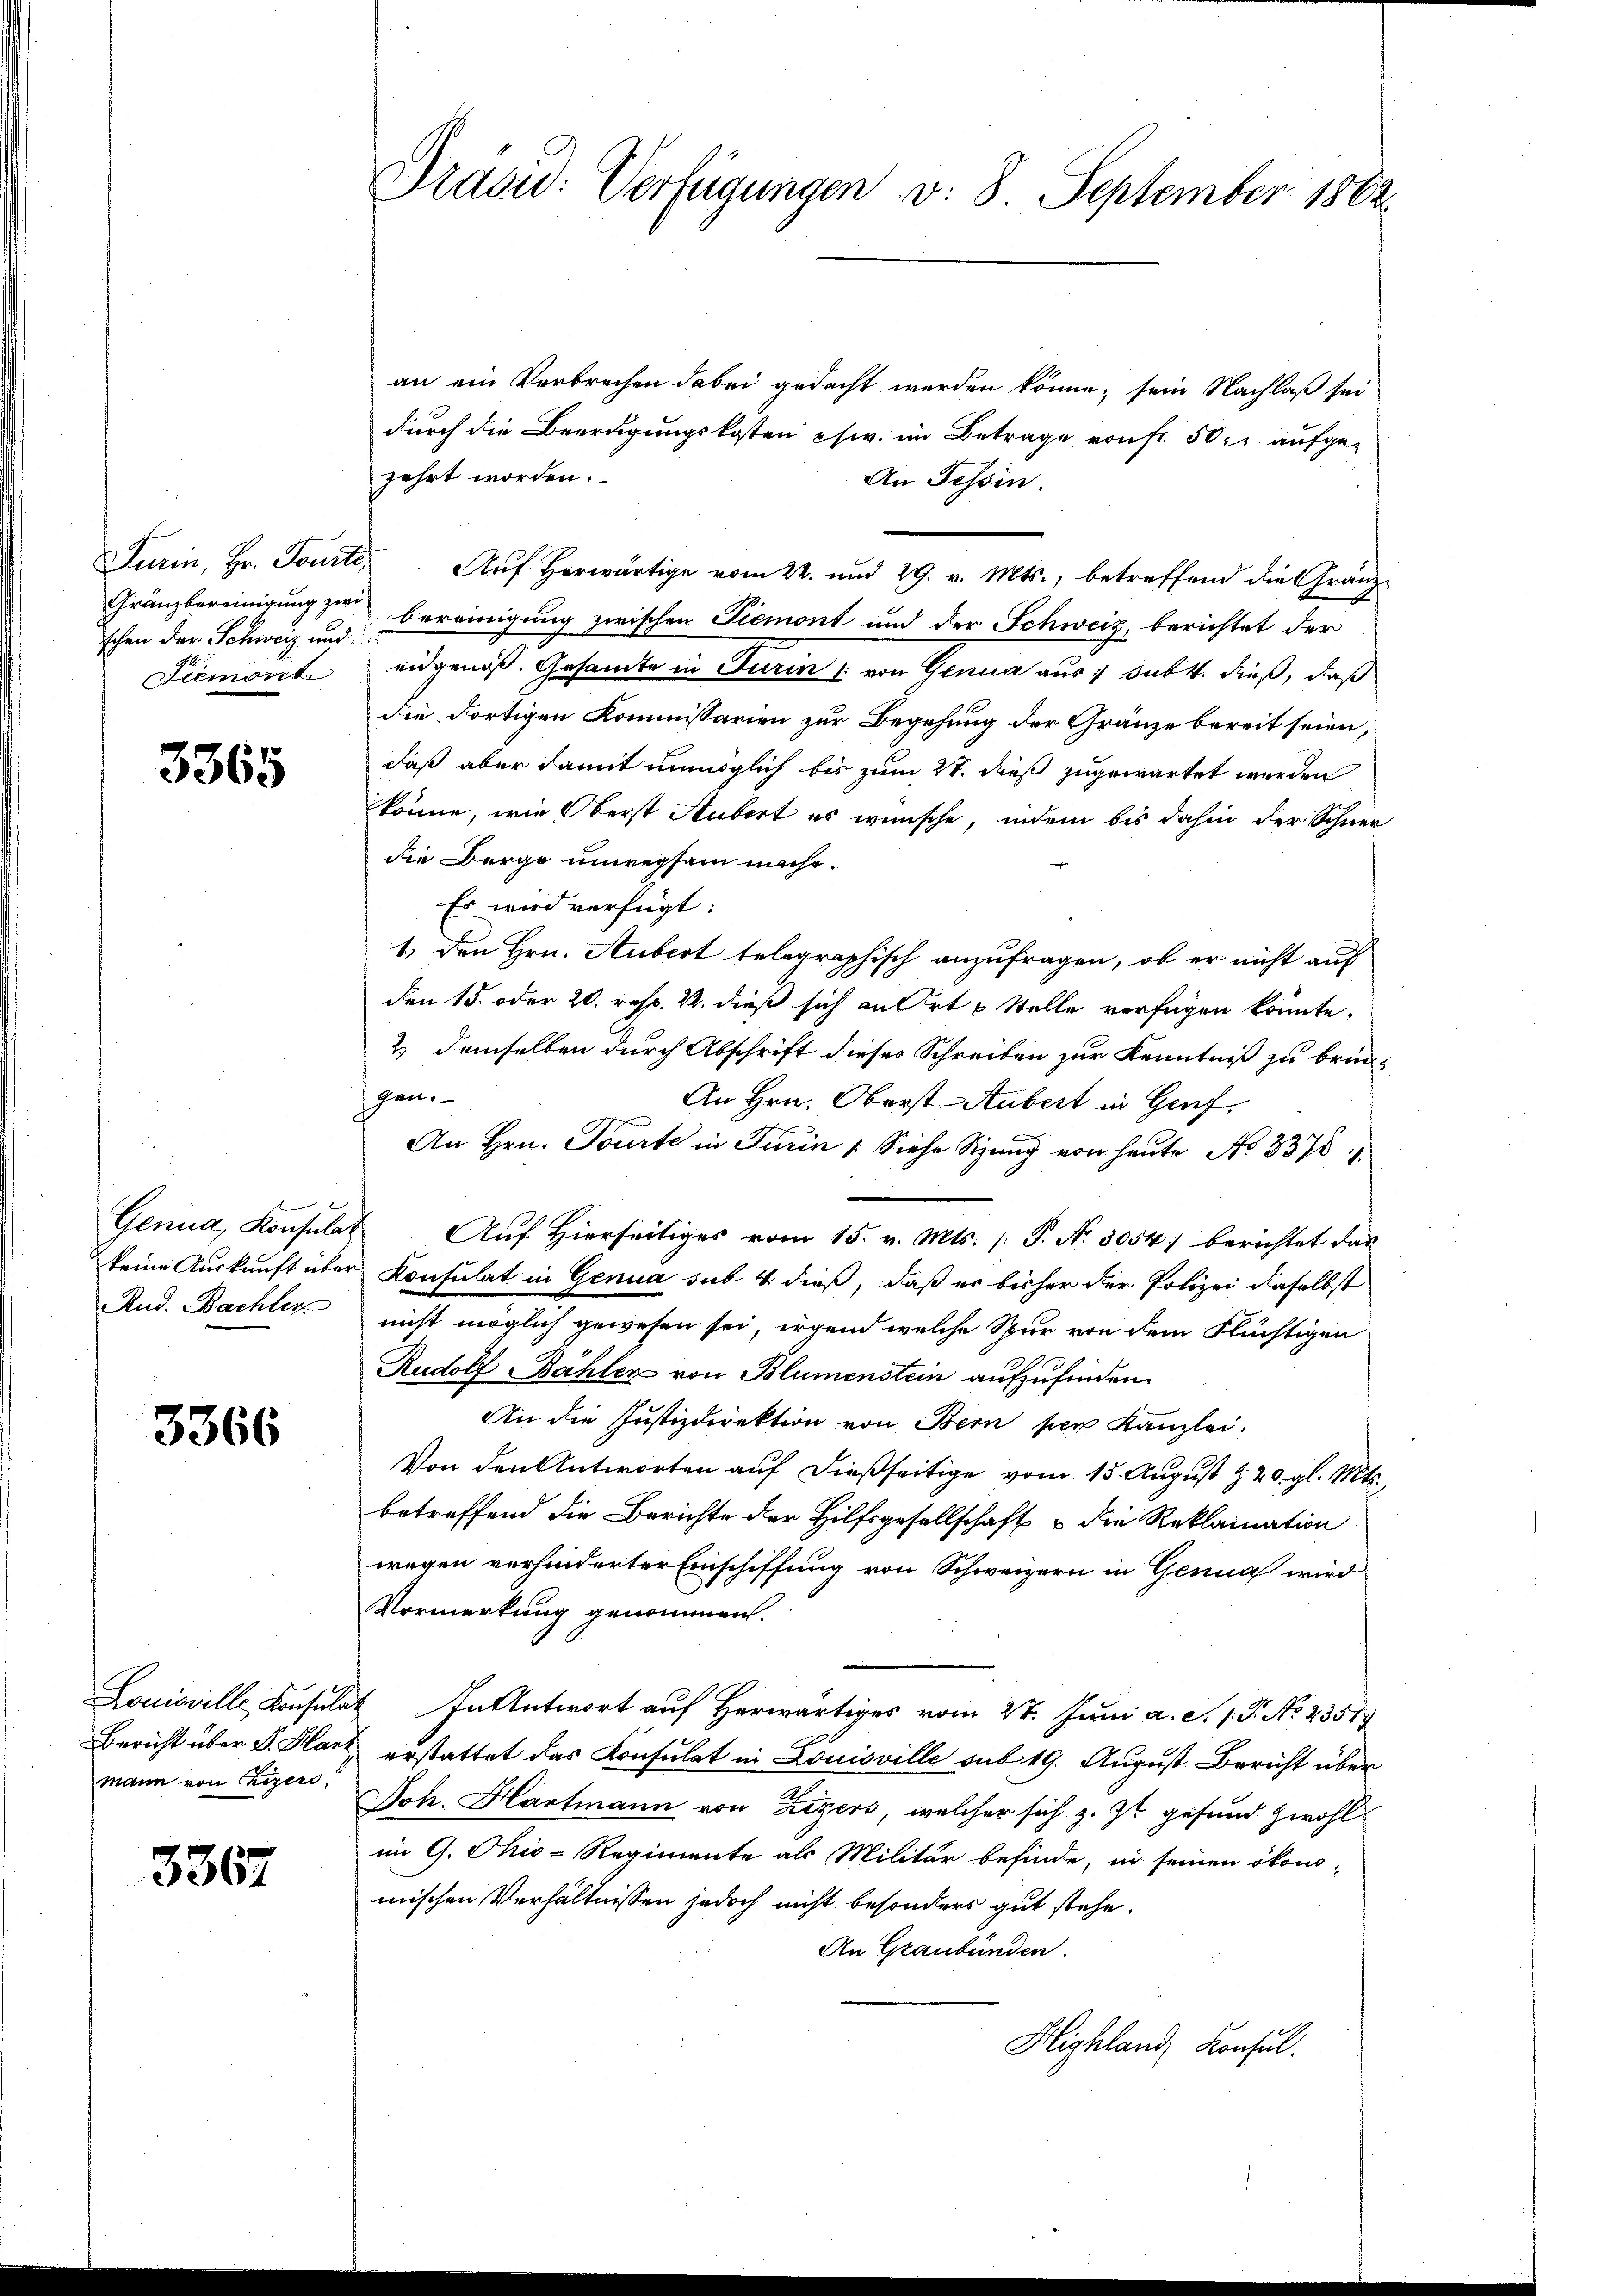
Turin, Hr. Tourte,
schen der Schweiz und
Piemont

3365

keine Auskunft über
Rud. Bachter

3366

Louisville, Konsula
Bericht über F. Harz
mann von Rezers,

3367

Präsid: Verfügungen v. 8. September 1882.

an ein Verbrechen dabei gedacht werden könne; sein Nachlaß sei
durch die Beerdigungskosten chw. im Betrage von fr. 50 l. aufgefahrt worden.
An Tessin.
Aŭf herwärtige vom 22. und 29. v. Mts., betreffend die Granz-
Gränzbereinigung zu bereinigung zwischen Piemont und der Schweiz, berichtet der
eidgenoß. Gesamte in Turin /: von Genua aus 7 subt. dieß, daß
die dortigen Kommissarien zur Begehung der Gränze bereit seien,
daß aber damit unmöglich bis zum 27. dieß zugewartet werden
könne, wie Oberst Aubert es wünsche, indem bis dahin der Schnee
die Berge unregsam mache.
Es wird verfügt:
1. den Hrn. Aubert telegraphisch anzufragen, ob er nicht auf
Den 15. oder 20. resp. 2. dieß sich an Ort & Stelle verfügen könnte.
2) demselben durch Abschrift dieses Schreiben zur Kenntniß zu bringen.
An Hrn. Oberst-Aubert in Genf,
An Hrn. Tourte in Turin (Siehe Sitzung von heute No 3376.
.
Genua, Konsulat Auf hierseitiges vom 15. v. Mts. (: P. Nr. 3054) berichtet das
Konsulat in Genua sub 4. dieß, daß es bisher der Polizei daselbst
nicht möglich gewesen sei, irgend welche Spur von dem Flüchtigen
Rudolf Bähler von Blumenstein aufzufinden.
An die Justizdirektion von Bern per Kanzlei.
Von den Antworten auf dießseitige vom 15. August Z. 20. gl. Mts.
betreffend die Berichte der Hilfsgesellschaft & die Reklamation
wegen verhinderter Einschiffung von Schweizern in Genua wird
Vormerkung genommen.
In Antwort auf Herwärtiges vom 28. Juni a. S. 1. P. No. 23519
erstattet das Konsulat in Louisville sub 19. August Bericht über
Joh. Hartmann von Zizers, welcher sich z. Zt. gesund zwohl
im G. Ohio-Regimente als Militär befinde, in seinen ökono-
mischen Verhältnissen jedoch nicht besonders gut stehe.
An Graubünden.
Highland, Konsul